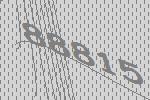
88815